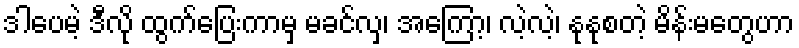
ဒါပေမဲ့ ဒီလို ထွက်ပြေးကာမှ မခင်လှ၊ အကြော့၊ လဲ့လဲ့၊ နုနုစတဲ့ မိန်းမတွေဟာ